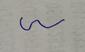
Signature authenticity: forged